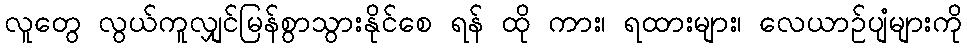
လူတွေ လွယ်ကူလျှင်မြန်စွာသွားနိုင်စေ ရန် ထို ကား၊ ရထားများ၊ လေယာဉ်ပျံများကို